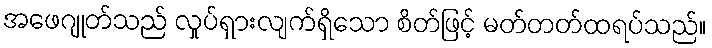
အဖေဂျုတ်သည် လှုပ်ရှားလျက်ရှိသော စိတ်ဖြင့် မတ်တတ်ထရပ်သည်။